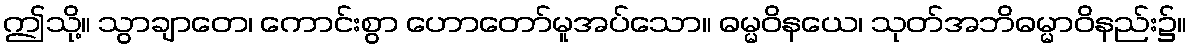
ဤသို့။ သွာချာတေ၊ ကောင်းစွာ ဟောတော်မူအပ်သော။ ဓမ္မဝိနယေ၊ သုတ်အဘိဓမ္မာဝိနည်း၌။